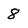
Character: 8